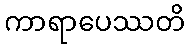
ကာရာပေဿတိ